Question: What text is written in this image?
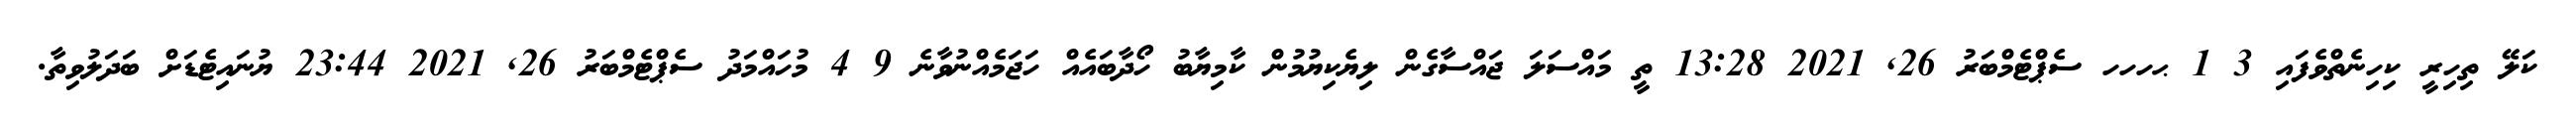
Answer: ކަލޭ ތިހިރީ ކިހިނެތްވެފައި 3 1 ޙހހހ ސެޕްޓެމްބަރު 26, 2021 13:28 ތީ މައްސަލަ ޖައްސާގެން ލިޔެކިޔުމުން ކާމިޔާބު ހޯދާބައެއް ހަޖަމެއްނުވާނެ 9 4 މުހައްމަދު ސެޕްޓެމްބަރު 26, 2021 23:44 ޔުނައިޓެޑަށް ބަދަލުވިތާ.